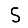
Digit: 5